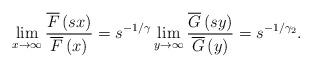
LaTeX: \begin{align*}\lim_{x\rightarrow \infty }\frac{\overline{F}\left( sx\right) }{\overline{F}\left( x\right) }=s^{-1/\gamma }\lim_{y\rightarrow \infty }\frac{\overline{G}\left( sy\right) }{\overline{G}\left( y\right) }=s^{-1/\gamma_{2}}. \end{align*}